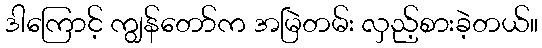
ဒါကြောင့် ကျွန်တော်က အမြဲတမ်း လှည့်စားခဲ့တယ်။